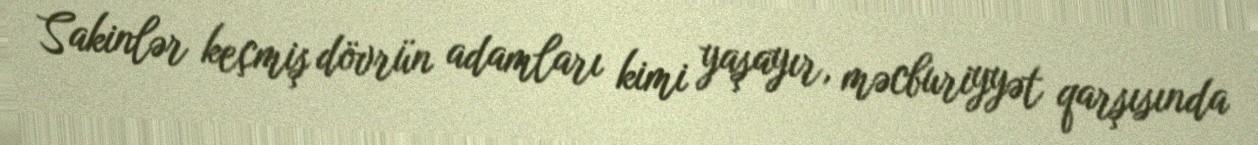
Sakinlər keçmiş dövrün adamları kimi yaşayır, məcburiyyət qarşısında